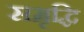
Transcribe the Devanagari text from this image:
सम्रृद्धि